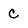
Character: c